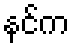
နင်က